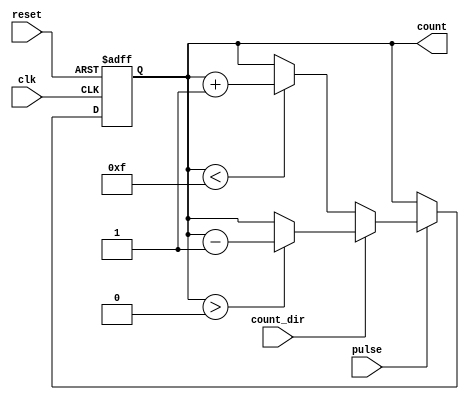
module pulse_counter #(
    parameter N = 4  // Bit-width of the counter
)(
    input wire clk,            // Clock signal
    input wire reset,          // Asynchronous reset signal
    input wire pulse,          // Input pulse signal
    input wire count_dir,      // Count direction (0 for up, 1 for down)
    output reg [N-1:0] count   // N-bit output count
);

    // Asynchronous reset and counting logic
    always @(posedge clk or posedge reset) begin
        if (reset) begin
            count <= 0;  // Reset count to zero
        end else if (pulse) begin
            if (count_dir == 1'b0) begin
                // Count up
                if (count < (2**N - 1)) begin
                    count <= count + 1;  // Increment count
                end
            end else begin
                // Count down
                if (count > 0) begin
                    count <= count - 1;  // Decrement count
                end
            end
        end
    end

endmodule